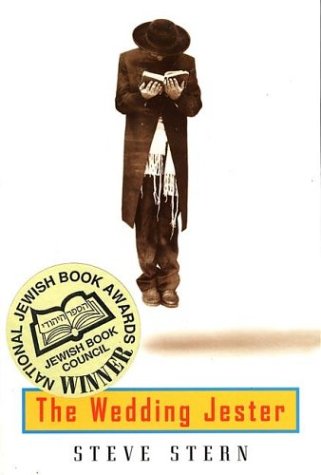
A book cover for The Wedding Jester; Steve Stern; Religion & Spirituality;